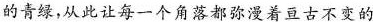
的青绿，从此让每一个角落都弥漫着亘古不变的